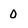
Character: 0